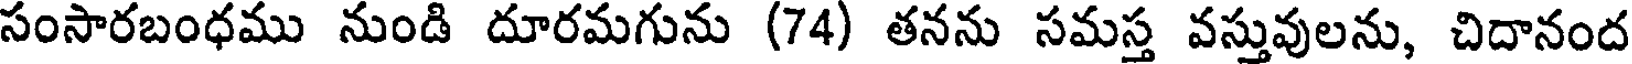
సంసారబంధము నుండి దూరమగును (74) తనను సమస్త వస్తువులను, చిదానంద